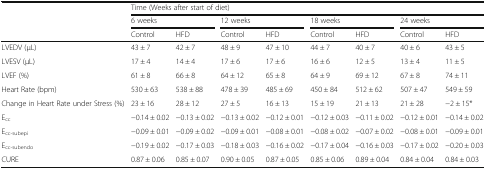
| <ROWSPAN=3>  | <COLSPAN=8> Time (Weeks after start of diet) |
 | <COLSPAN=2> 6 weeks | <COLSPAN=2> 12 weeks | <COLSPAN=2> 18 weeks | <COLSPAN=2> 24 weeks |
 | Control | HFD | Control | HFD | Control | HFD | Control | HFD |
 | --- | --- | --- | --- | --- | --- | --- | --- | --- |
 | LVEDV (μL) | 43 ± 7 | 42 ± 7 | 48 ± 9 | 47 ± 10 | 44 ± 7 | 40 ± 7 | 40 ± 6 | 43 ± 5 |
 | LVESV (μL) | 17 ± 4 | 14 ± 4 | 17 ± 6 | 17 ± 6 | 16 ± 6 | 12 ± 5 | 13 ± 4 | 11 ± 5 |
 | LVEF (%) | 61 ± 8 | 66 ± 8 | 64 ± 12 | 65 ± 8 | 64 ± 9 | 69 ± 12 | 67 ± 8 | 74 ± 11 |
 | Heart Rate (bpm) | 530 ± 63 | 538 ± 88 | 478 ± 39 | 485 ± 69 | 450 ± 84 | 512 ± 62 | 507 ± 47 | 549 ± 59 |
 | Change in Heart Rate under Stress (%) | 23 ± 16 | 28 ± 12 | 27 ± 5 | 16 ± 13 | 15 ± 19 | 21 ± 13 | 21 ± 28 | −2 ± 15* |
 | Ecc | −0.14 ± 0.02 | −0.13 ± 0.02 | −0.13 ± 0.02 | −0.12 ± 0.01 | −0.12 ± 0.03 | −0.11 ± 0.02 | −0.12 ± 0.01 | −0.14 ± 0.02 |
 | Ecc-subepi | −0.09 ± 0.01 | −0.09 ± 0.02 | −0.09 ± 0.01 | −0.08 ± 0.01 | −0.08 ± 0.02 | −0.07 ± 0.02 | −0.08 ± 0.01 | −0.09 ± 0.01 |
 | Ecc-subendo | −0.19 ± 0.02 | −0.17 ± 0.03 | −0.18 ± 0.03 | −0.16 ± 0.02 | −0.17 ± 0.04 | −0.16 ± 0.03 | −0.17 ± 0.02 | −0.20 ± 0.03 |
 | CURE | 0.87 ± 0.06 | 0.85 ± 0.07 | 0.90 ± 0.05 | 0.87 ± 0.05 | 0.85 ± 0.06 | 0.89 ± 0.04 | 0.84 ± 0.04 | 0.84 ± 0.03 |